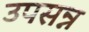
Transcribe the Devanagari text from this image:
उपसन्न